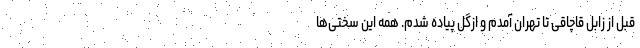
قبل از زابل قاچاقی تا تهران آمدم و اُزگل پیاده شدم. همه این سختی‌ها